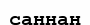
саннан